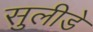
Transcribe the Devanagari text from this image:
सुलीडे